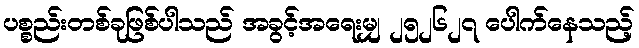
ပစ္စည်းတစ်ခုဖြစ်ပါသည် အခွင့်အရေးမျှ ၂၅၂၆၂၇ ပေါက်နေသည့်